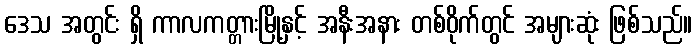
ဒေသ အတွင်း ရှိ ကာလကတ္တားမြို့နှင့် အနီးအနား တစ်ဝိုက်တွင် အများဆုံး ဖြစ်သည်။